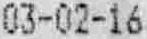
03-02-16